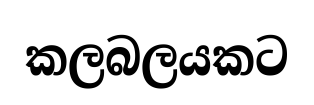
කලබලයකට